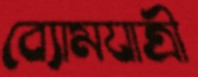
ব্যোমযাত্রী